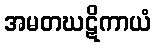
အမတဃဋိကာယံ